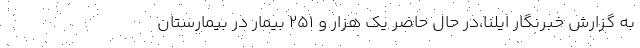
به گزارش خبرنگار ایلنا،در حال حاضر یک هزار و ۲۵۱ بیمار در بیمارستان